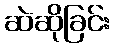
ဆဲဆိုခြင်း